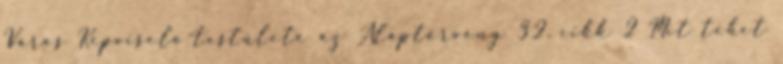
Város Képviselő-testülete az Alaptörvény 32. cikk 2 Mit tehet